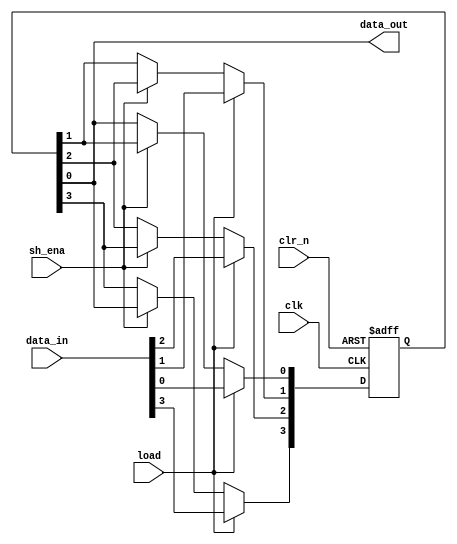
module PISOReg (
               input clk, clr_n, load, sh_ena,
					input [3:0] data_in,
					output data_out
               );

reg [3:0] PISO_Reg;

always @ (posedge clk or negedge clr_n)
begin
	if(~clr_n)
		PISO_Reg <= 4'b0000;
	else
		if(load)
			PISO_Reg <= data_in;
		else
			if(sh_ena)
			begin
				PISO_Reg[0] <= PISO_Reg[1];
				PISO_Reg[1] <= PISO_Reg[2];
				PISO_Reg[2] <= PISO_Reg[3];
				PISO_Reg[3] <= PISO_Reg[0];
			end
end

assign data_out = PISO_Reg[0];

endmodule